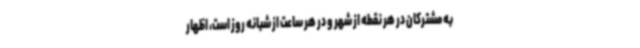
به مشترکان در هر نقطه از شهر و در هر ساعت از شبانه روز است، اظهار